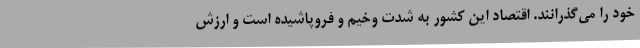
خود را می‌گذرانند. اقتصاد این کشور به شدت وخیم و فروپاشیده است و ارزش